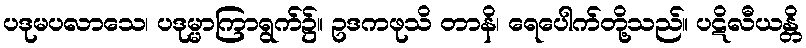
ပဒုမပလာသေ၊ ပဒုမ္မာကြာရွက်၌။ ဥဒကဖုသိ တာနိ၊ ရေပေါက်တို့သည်။ ပဋိလီယန္တိ